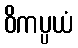
ဝိကပ္ပယံ